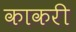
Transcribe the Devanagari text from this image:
काकरी